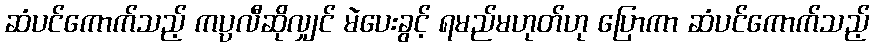
ဆံပင်ကောက်သည့် ကပ္ပလီဆိုလျှင် မဲပေးခွင့် ရမည်မဟုတ်ဟု ပြောကာ ဆံပင်ကောက်သည့်